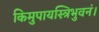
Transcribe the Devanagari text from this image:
किमुपायस्त्रिभुवनं।